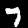
Label: 7